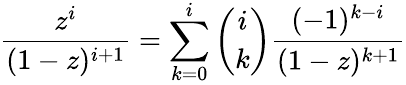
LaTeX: {\frac{z^{i}}{(1-z)^{i+1}}}=\sum_{k=0}^{i}{\binom{i}{k}}{\frac{(-1)^{k-i}}{(1-z)^{k+1}}}